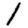
Digit: 1